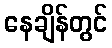
နေချိန်တွင်